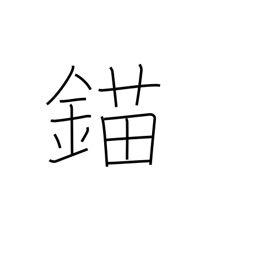
Meaning: anchor